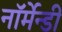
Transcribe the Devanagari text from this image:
नॉर्मेन्डी